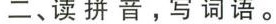
二、读拼音，写词语。